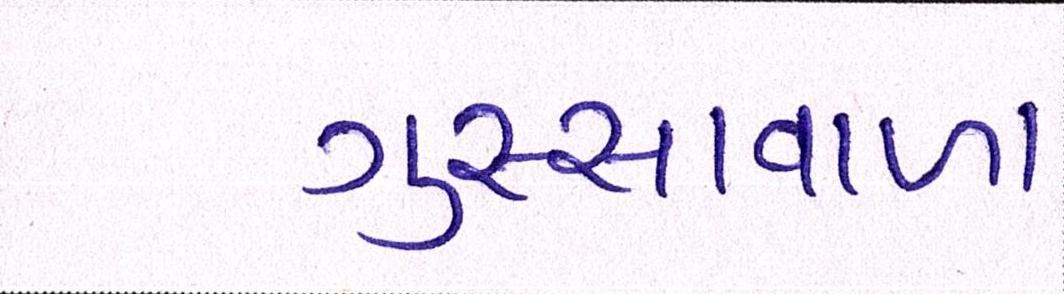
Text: ગુસ્સાવાળા